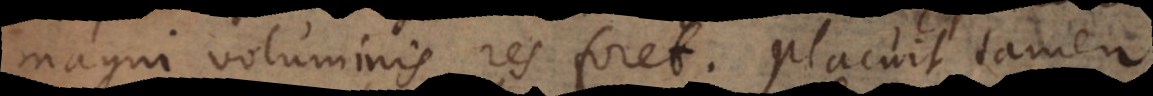
magni voluminis res foret. Placuit tamen